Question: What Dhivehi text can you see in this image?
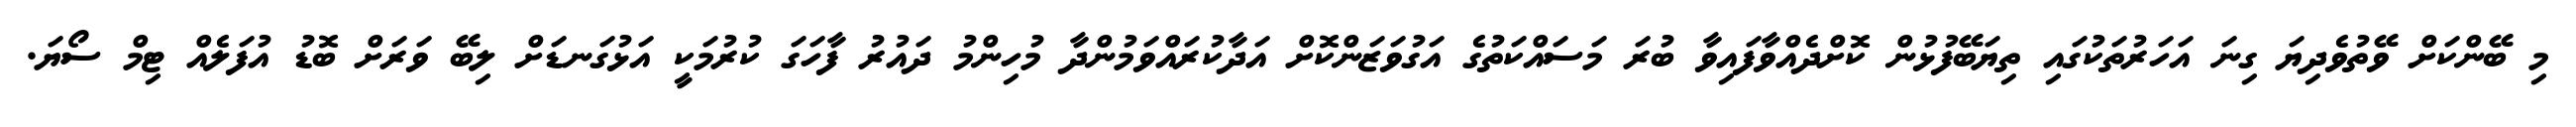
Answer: މި ބޭންކަށް ވޭތުވެދިޔަ ގިނަ އަހަރުތަކުގައި ތިޔަބޭފުޅުން ކޮށްދެއްވާފައިވާ ބުރަ މަސައްކަތުގެ އަގުވަޒަންކޮށް އަދާކުރައްވަމުންދާ މުހިންމު ދައުރު ފާހަގަ ކުރުމަކީ އަޅުގަނޑަށް ލިބޭ ވަރަށް ބޮޑު އުފަލެއް ޓިމް ސޯޔަ.